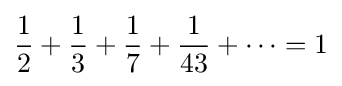
{\frac {1}{2}}+{\frac {1}{3}}+{\frac {1}{7}}+{\frac {1}{43}}+\cdots =1